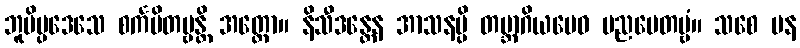
ဘူမိပ္ပဒေသေ စင်္ကမိတဗ္ဗန္တိ အတ္ထော။ နိသီဒန္တေန အာသနမ္ပိ တဗ္ဘာဂိယမေဝ ပညပေတဗ္ဗံ။ သစေ ပန